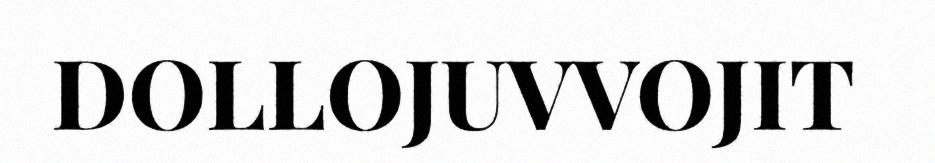
DOLLOJUVVOJIT